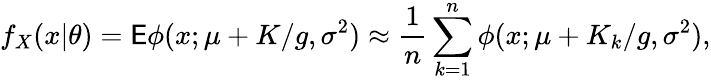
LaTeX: f_{X}(x|\theta)=\mathsf E\phi(x;\mu+K/g,\sigma^{2})\approx\frac{1}{n}\sum_{k=1}^{n}\phi(x;\mu+K_{k}/g,\sigma^{2}),